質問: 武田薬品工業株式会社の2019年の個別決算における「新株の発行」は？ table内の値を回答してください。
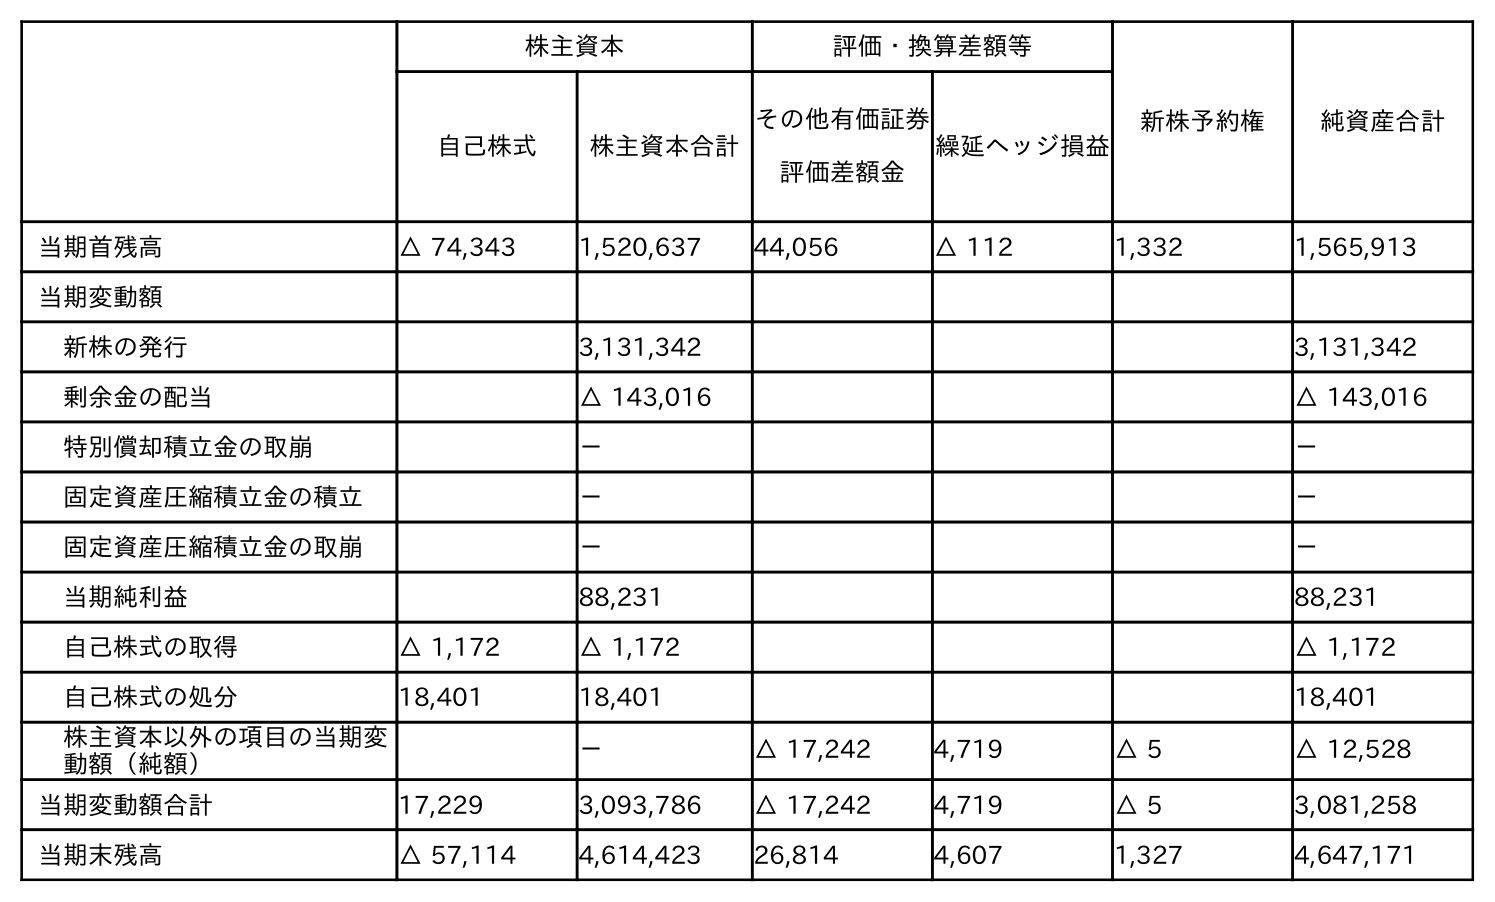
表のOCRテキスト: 株主資本 評価・換算差額等 新株予約権 純資産合計 自己株式 株主資本合計 その他有価証券 評価差額金 繰延ヘッジ損益 当期首残高 △ 74,343 1,520,637 44,056 △ 112 1,332 1,565,913 当期変動額 新株の発行 3,131,342 3,131,342 剰余金の配当 △ 143,016 △ 143,016 特別償却積立金の取崩 － － 固定資産圧縮積立金の積立 － － 固定資産圧縮積立金の取崩 － － 当期純利益 88,231 88,231 自己株式の取得 △ 1,172 △ 1,172 △ 1,172 自己株式の処分 18,401 18,401 18,401 株主資本以外の項目の当期変 動額（純額） － △ 17,242 4,719 △ 5 △ 12,528 当期変動額合計 17,229 3,093,786 △ 17,242 4,719 △ 5 3,081,258 当期末残高 △ 57,114 4,614,423 26,814 4,607 1,327 4,647,171
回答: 3,131,342